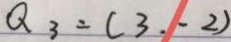
Q _ { 3 } = ( 3 . - 2 )